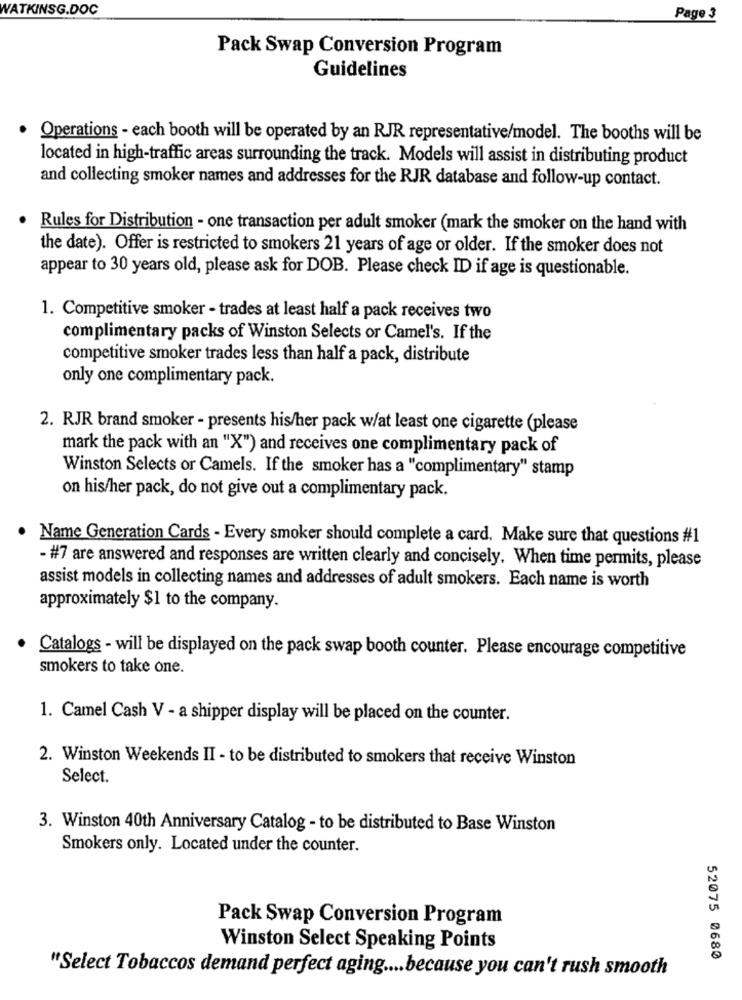
WATKINSG.DOC
Page 3
Pack Swap Conversion Program
Guidelines
. Operations - each booth will be operated by an RJR representative/model. The booths will be
located in high-traffic areas surrounding the track. Models will assist in distributing product
and collecting smoker names and addresses for the RJR database and follow-up contact.
. Rules for Distribution - one transaction per adult smoker (mark the smoker on the hand with
the date). Offer is restricted to smokers 21 years of age or older. If the smoker does not
appear to 30 years old, please ask for DOB. Please check ID if age is questionable.
1. Competitive smoker - trades at least half a pack receives two
complimentary packs of Winston Selects or Camel's. If the
competitive smoker trades less than half a pack, distribute
only one complimentary pack.
2. RJR brand smoker - presents his/her pack w/at least one cigarette (please
mark the pack with an "X") and receives one complimentary pack of
Winston Selects or Camels. If the smoker has a "complimentary" stamp
on his/her pack, do not give out a complimentary pack.
Name Generation Cards - Every smoker should complete a card. Make sure that questions #1
- #7 are answered and responses are written clearly and concisely. When time permits, please
assist models in collecting names and addresses of adult smokers. Each name is worth
approximately $1 to the company.
Catalogs - will be displayed on the pack swap booth counter. Please encourage competitive
smokers to take one.
1. Camel Cash V - a shipper display will be placed on the counter.
2. Winston Weekends II - to be distributed to smokers that receive Winston
Select.
3. Winston 40th Anniversary Catalog - to be distributed to Base Winston
Smokers only. Located under the counter.
Pack Swap Conversion Program
Winston Select Speaking Points
52075 0680
"Select Tobaccos demand perfect aging .... because you can't rush smooth